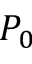
P _ { 0 }